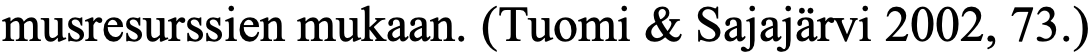
musresurssien mukaan. (Tuomi & Sajajärvi 2002, 73.)